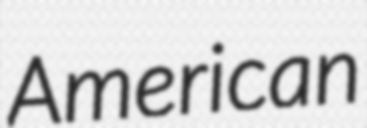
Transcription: American